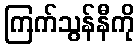
ကြက်သွန်နီကို